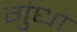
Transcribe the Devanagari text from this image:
गुंधा